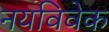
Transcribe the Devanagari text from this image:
नयविवेक